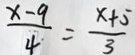
\frac { x - 9 } { 4 } = \frac { x + 5 } { 3 }